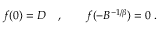
f ( 0 ) = D \quad , \qquad f ( - B ^ { - 1 / \beta } ) = 0 \; .